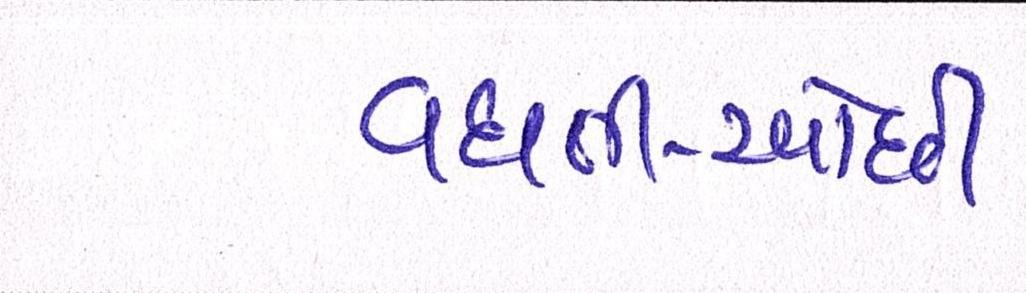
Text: વધતી-ઓછી